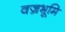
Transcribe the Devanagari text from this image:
वज्रभूमि